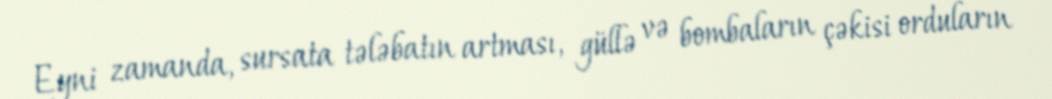
Eyni zamanda, sursata tələbatın artması, güllə və bombaların çəkisi orduların